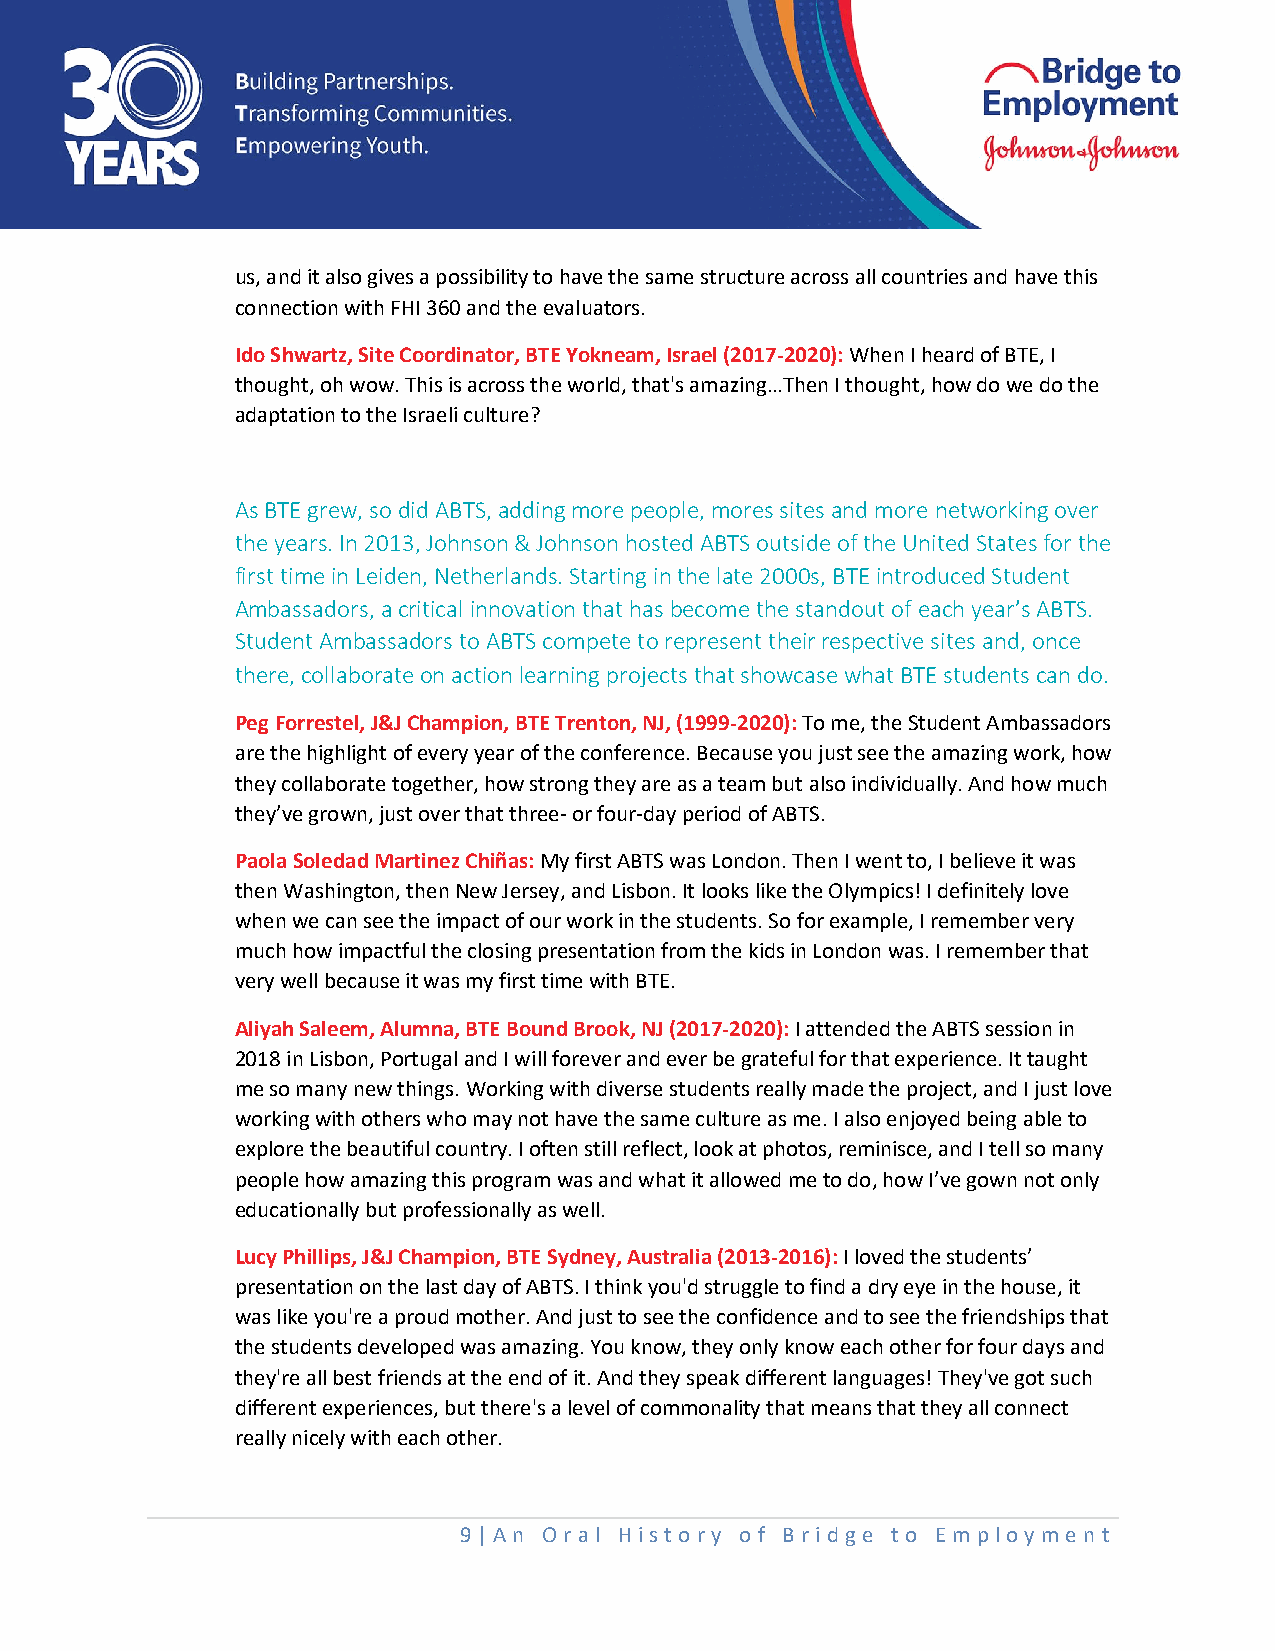
us, and it also gives a possibility to have the same structure across all countries and have this
 connection with FHI 360 and the evaluators.
 Ido Shwartz, Site Coordinator, BTE Yokneam, Israel (2017-2020): When I heard of BTE, I
 thought, oh wow. This is across the world, that's amazing…Then I thought, how do we do the
 adaptation to the Israeli culture?
 As BTE grew, so did ABTS, adding more people, mores sites and more networking over
 the years. In 2013, Johnson & Johnson hosted ABTS outside of the United States for the
 first time in Leiden, Netherlands. Starting in the late 2000s, BTE introduced Student
 Ambassadors, a critical innovation that has become the standout of each year’s ABTS.
 Student Ambassadors to ABTS compete to represent their respective sites and, once
 there, collaborate on action learning projects that showcase what BTE students can do.
 Peg Forrestel, J&J Champion, BTE Trenton, NJ, (1999-2020): To me, the Student Ambassadors
 are the highlight of every year of the conference. Because you just see the amazing work, how
 they collaborate together, how strong they are as a team but also individually. And how much
 they’ve grown, just over that three- or four-day period of ABTS.
 Paola Soledad Martinez Chiñas: My first ABTS was London. Then I went to, I believe it was
 then Washington, then New Jersey, and Lisbon. It looks like the Olympics! I definitely love
 when we can see the impact of our work in the students. So for example, I remember very
 much how impactful the closing presentation from the kids in London was. I remember that
 very well because it was my first time with BTE.
 Aliyah Saleem, Alumna, BTE Bound Brook, NJ (2017-2020): I attended the ABTS session in
 2018 in Lisbon, Portugal and I will forever and ever be grateful for that experience. It taught
 me so many new things. Working with diverse students really made the project, and I just love
 working with others who may not have the same culture as me. I also enjoyed being able to
 explore the beautiful country. I often still reflect, look at photos, reminisce, and I tell so many
 people how amazing this program was and what it allowed me to do, how I’ve gown not only
 educationally but professionally as well.
 Lucy Phillips, J&J Champion, BTE Sydney, Australia (2013-2016): I loved the students’
 presentation on the last day of ABTS. I think you'd struggle to find a dry eye in the house, it
 was like you're a proud mother. And just to see the confidence and to see the friendships that
 the students developed was amazing. You know, they only know each other for four days and
 they're all best friends at the end of it. And they speak different languages! They've got such
 different experiences, but there's a level of commonality that means that they all connect
 really nicely with each other.
 9 | An O ral Histo ry o f Bridge to Em ploy me nt